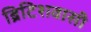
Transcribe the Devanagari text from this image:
ब्रिटिशवासी